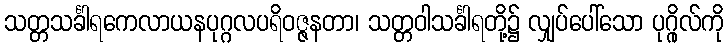
သတ္တသင်္ခါရကေလာယနပုဂ္ဂလပရိဝဇ္ဇနတာ၊ သတ္တဝါသင်္ခါရတို့၌ လျှပ်ပေါ်သော ပုဂ္ဂိုလ်ကို